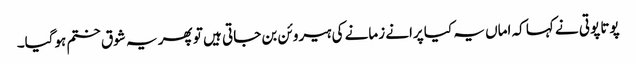
پوتا پوتی نے کہا کہ اماں یہ کیا پرانے زمانے کی ہیروئن بن جاتی ہیں تو پھر یہ شوق ختم ہوگیا۔